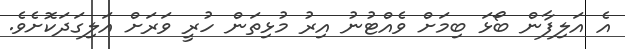
އެ އަލިފާން ބޯޅަ ބިމަށް ވެއްޓުނު އިރު މުޅިތަން ހުރީ ވަރަށް އަލިގަދަކޮށެވެ.